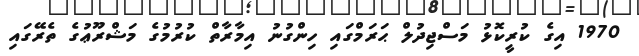
1970 އިގެ ކުރީކޮޅު މަސްޖިދުލް ޙަރަމްގައި ހިންގުނު އިމާރާތް ކުރުމުގެ މަޝްރޫޢުގެ ތެރޭގައި